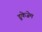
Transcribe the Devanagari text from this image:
डूकेजेम